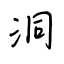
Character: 洞